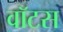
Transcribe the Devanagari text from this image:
वॉटस